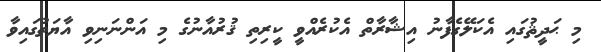
މި ޙަދީޘުގައި އެކަލޭގެފާނު އިޝާރާތް އެކުރެއްވީ ކީރިތި ޤުރުއާނުގެ މި އަންނަނިވި އާޔަތުގައިވާ